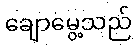
ချောမွေ့သည်